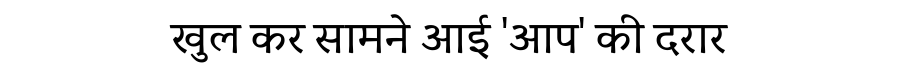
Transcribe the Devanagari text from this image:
खुल कर सामने आई 'आप' की दरार